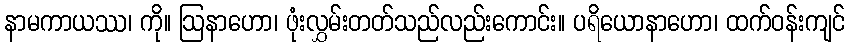
နာမကာယဿ၊ ကို။ ဩနာဟော၊ ဖုံးလွှမ်းတတ်သည်လည်းကောင်း။ ပရိယောနာဟော၊ ထက်ဝန်းကျင်